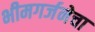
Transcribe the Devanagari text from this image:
भीमगर्जनेचा